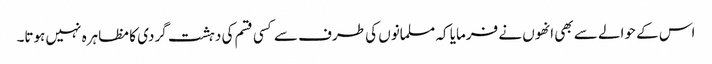
اس کے حوالے سے بھی انھوں نے فرمایا کہ مسلمانوں کی طرف سے کسی قسم کی دہشت گردی کا مظاہرہ نہیں ہوتا۔